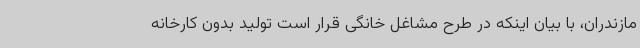
مازندران، با بیان اینکه در طرح مشاغل خانگی قرار است تولید بدون کارخانه